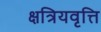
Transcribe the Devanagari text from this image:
क्षत्रियवृत्ति